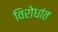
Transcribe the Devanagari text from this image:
विरोधांत